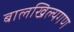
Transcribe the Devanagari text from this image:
बालखिल्यगण